Burma Government Medical School reports 1923-41
Year: 1923
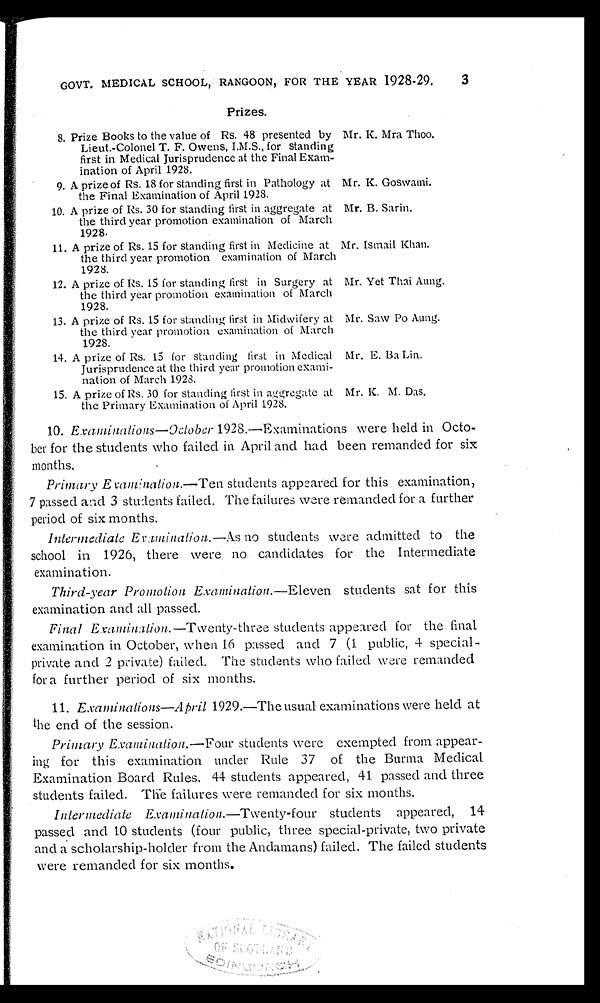
Mr. K. Goswami.
Mr. B. Sarin.
Mr. Ismail Khan.
Mr. Yet Thai Aung.
Mr. Saw Po Aung.
Mr. E. Ba Lin.
Mr. K. M. Das.
3
GOVT. MEDICAL SCHOOL, RANGOON, FOR THE YEAR 1928-29.
Prizes.
8. Prize Books to the value of Rs. 48 presented by
Lieut.-Colonel T. F. Owens, I.M.S., for standing
first in Medical Jurisprudence at the Final Exam-
ination of April 1928.
9. A prize of Rs. 18 for standing first in Pathology at
the Final Examination of April 1928.
10. A prize of Rs. 30 for standing first in aggregate at
the third year promotion examination of March
1928.
11. A prize of Rs. 15 for standing first in Medicine at
the third year promotion examination of March
1928.
12. A prize of Rs. 15 for standing first in Surgery at
the third year promotion examination of March
1928.
13. A prize of Rs. 15 for standing first in Midwifery at
the third year promotion examination of March
1928.
14. A prize of Rs. 15 for standing first in Medical
Jurisprudence at the third year promotion exami-
nation of March 1928.
15. A prize of Rs. 30 for standing first in aggregate at
the Primary Examination of April 1928.
Mr. K. Mra Thoo.
10.
Examinations—October 1928.—Examinations were held in Octo-
ber for the students who failed in April and had been remanded for six
months.
Primary Examination.— Ten students appeared for this examination,
7 passed and 3 students failed. The failures were remanded for a further
period of six months.
Intermediate Examination.— As no students were admitted to the
school in 1926, there were no candidates for the Intermediate
examination.
Third-year Promotion
Examination.— Eleven students sat for this
examination and all passed.
Final Examination.—Twenty-three students appeared for the final
examination in October, when 16 passed and 7 (1 public, 4 special-
private and 2 private) failed. The students who failed were remanded
for a further period of six months.
11. Examinations—April 1929.—The usual examinations were held at
the end of the session.
Primary Examination.— Four students were exempted from appear-
ing for this examination under Rule 37 of the Burma Medical
Examination Board Rules. 44 students appeared, 41 passed and three
students failed. The failures were remanded for six months.
Intermediate Examination.— Twenty-four students appeared, 14
passed and 10 students (four public, three special-private, two private
and a scholarship-holder from the Andamans) failed. The failed students
were remanded for six months.